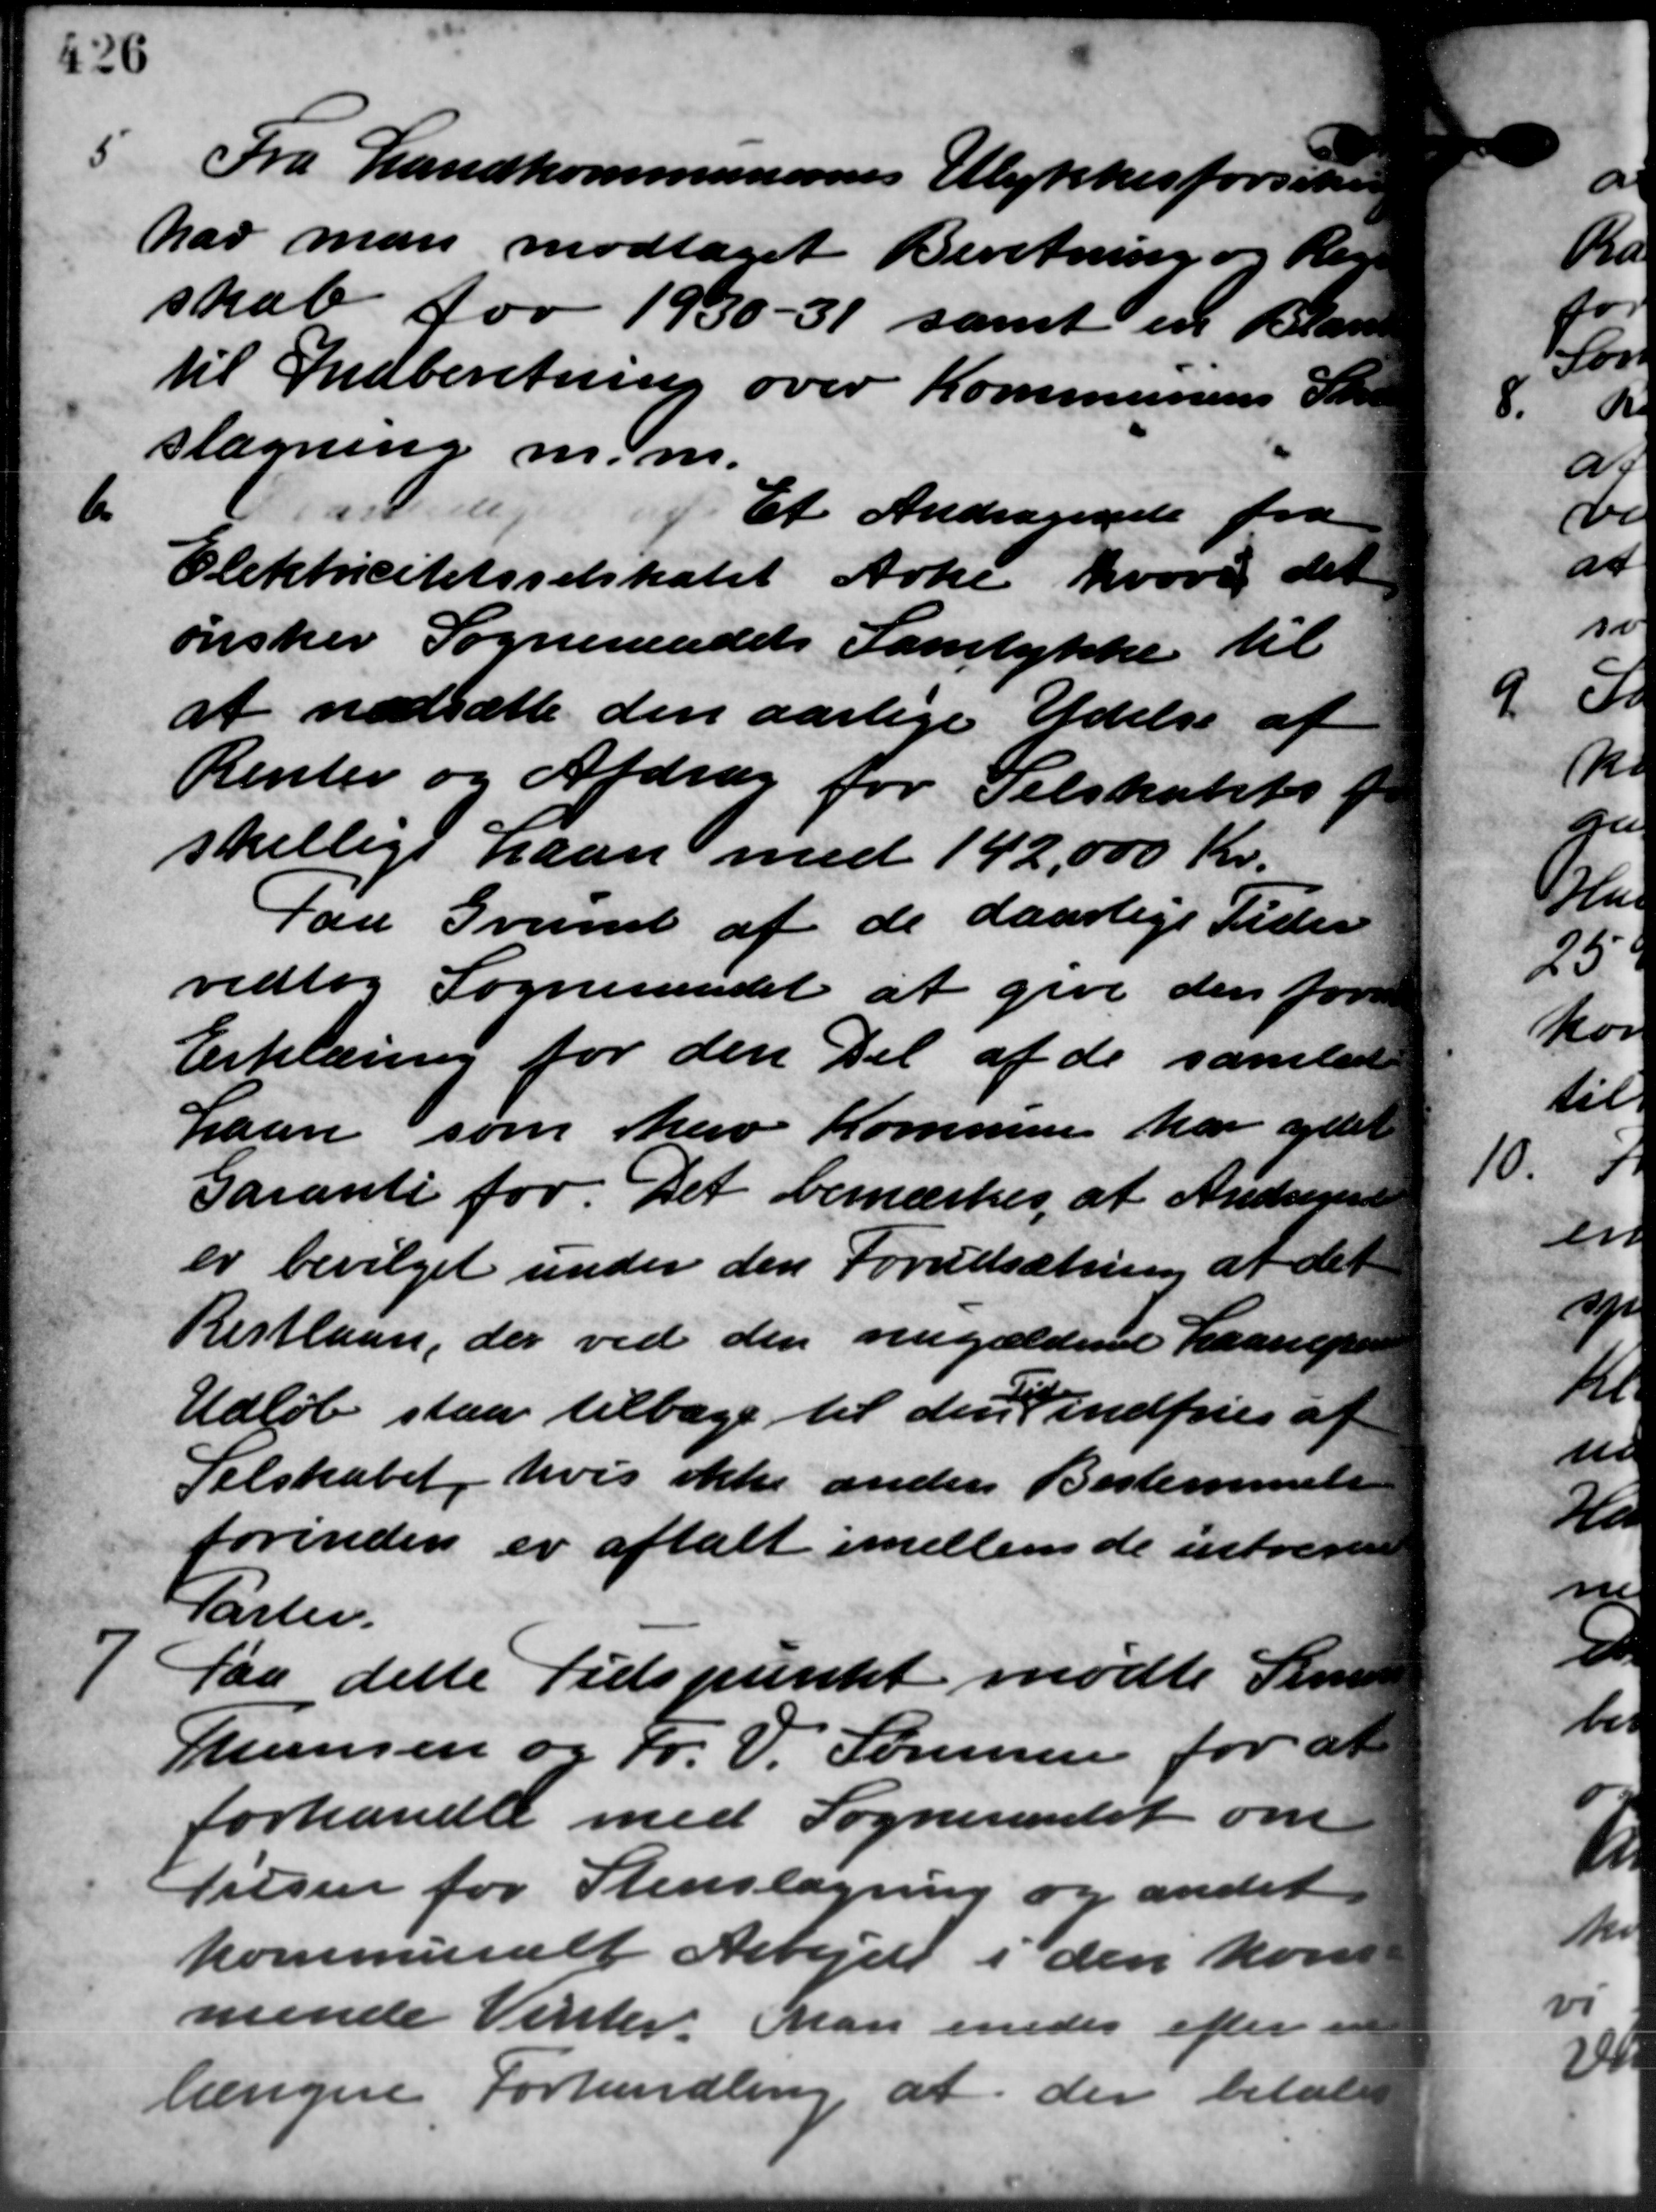
Transskription:
5
Fra Landkommunernes Ulykkesforsikr
har man modtaget Beretning og Reg
skab for 1930 - 31 samt en Bland
til Indberetning over Kommunens Skr.
slagning m.m.
6.
Et Andragende fra
Elektricitetsselskabet Arke hvori det
ønsker Sogneraadets Samtykke til
at nedsætte den aarlige Ydelse af
Renter og Afdrag for Selskabets f
skellige Laan med 142,000 Kr.
Paa Grund af de daarlige Tider
vedtog Sogneraadet at give den for
Erklæring for den Del af de samlede
Laan som herv Kommunen har ydet
Garanti for. Det bemærkes at Andragende
er bevilget under den Forudsætning af det
Restlaan, der ved den nugældende Laanepar
Udløb staa tilbage til den indfries af
Selskabet, hvis ikke anden Bestemmels
forinden er aftalt imellem de instrere
Parter.

faa dette Tidspunkt mødte Skr
Sansen og Fr. V. Sørensen for at
forhandle med Sogneraadet om
Tilsen for Stenslagning og andet
kommunalt Arbejde i den kom
mende Vinter. Man enedes efter i
længere Forhandling at der betale